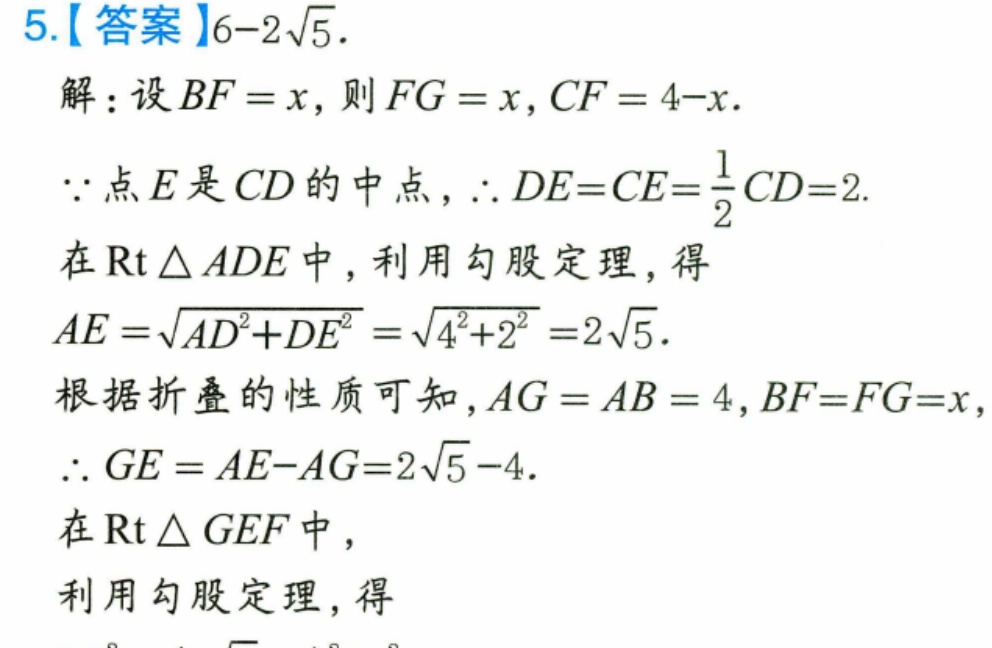
5.【答案】\(6 - 2\sqrt{5}\).
解：设\(BF = x\)，则\(FG = x\)，\(CF = 4 - x\).
\(\because\)点\(E\)是\(CD\)的中点，\(\therefore DE = CE=\frac{1}{2}CD = 2\).
在\(\text{Rt}\triangle ADE\)中，利用勾股定理，得
\(AE=\sqrt{AD^{2}+DE^{2}}=\sqrt{4^{2}+2^{2}} = 2\sqrt{5}\).
根据折叠的性质可知，\(AG = AB = 4\)，\(BF = FG = x\)，
\(\therefore GE = AE - AG=2\sqrt{5}-4\).
在\(\text{Rt}\triangle GEF\)中，
利用勾股定理，得